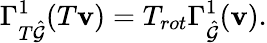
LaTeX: \Gamma_{T\hat{\mathcal{G}}}^{1}(T\mathbf{v})=T_{rot}\Gamma_{\hat{\mathcal{G}}}^{1}(\mathbf{v}).